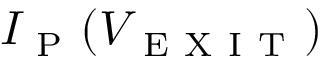
I _ { \mathrm { ~ P ~ } } ( V _ { \mathrm { ~ E ~ X ~ I ~ T ~ } } )